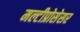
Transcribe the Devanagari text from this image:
मल्टीप्रोसेसर